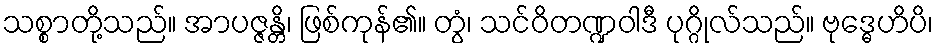
သစ္စာတို့သည်။ အာပဇ္ဇန္တိ၊ ဖြစ်ကုန်၏။ တွံ၊ သင်ဝိတဏ္ဍဝါဒီ ပုဂ္ဂိုလ်သည်။ ဗုဒ္ဓေဟိပိ၊